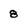
Character: 8